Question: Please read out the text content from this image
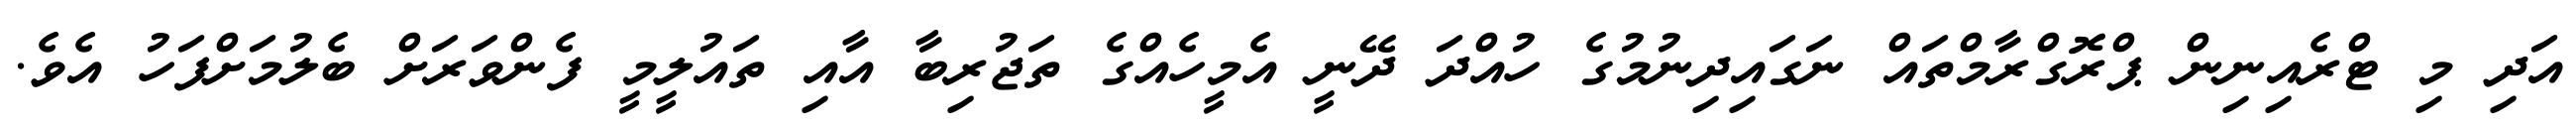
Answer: އަދި މި ޓްރެއިނިން ޕްރޮގްރާމްތައް ނަގައިދިނުމުގެ ހުއްދަ ދޭނީ އެމީހެއްގެ ތަޖުރިބާ އާއި ތައުލީމީ ފެންވަރަށް ބެލުމަށްފަހު އެވެ.